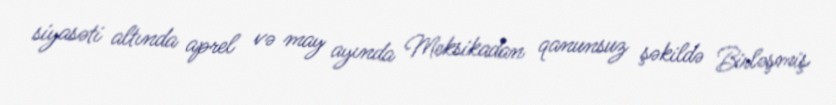
siyasəti altında aprel və may ayında Meksikadan qanunsuz şəkildə Birləşmiş